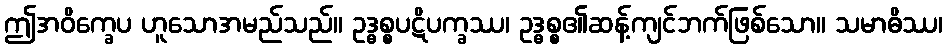
ဤအဝိက္ခေပ ဟူသောအမည်သည်။ ဥဒ္ဓစ္စပဋိပက္ခဿ၊ ဥဒ္ဓစ္စ၏ဆန့်ကျင်ဘက်ဖြစ်သော။ သမာဓိဿ၊